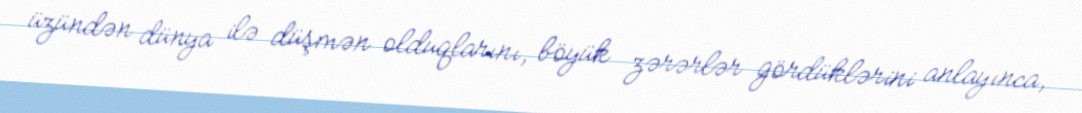
üzündən dünya ilə düşmən olduqlarını, böyük zərərlər gördüklərini anlayınca,